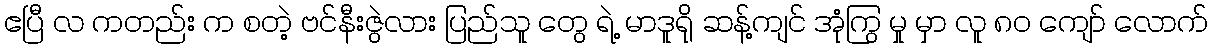
ဧပြီ လ ကတည်း က စတဲ့ ဗင်နီးဇွဲလား ပြည်သူ တွေ ရဲ့ မာဒူရို ဆန့်ကျင် အုံကြွ မှု မှာ လူ ၈၀ ကျော် လောက်